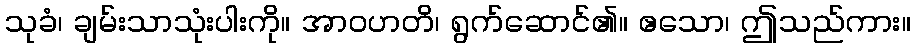
သုခံ၊ ချမ်းသာသုံးပါးကို။ အာဝဟတိ၊ ရွက်ဆောင်၏။ ဧသော၊ ဤသည်ကား။